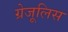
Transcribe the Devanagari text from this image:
ग्रेजूलिस